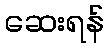
ဆေးရန်